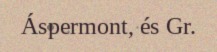
Áspermont, és Gr.